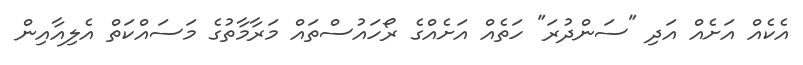
އެކެއް އަށެއް އަދި "ސަންދުރަ" ހަތެއް އަށެއްގެ ރޯހައުސްތައް މަރާމާތުގެ މަސައްކަތް އެލިއާއިން